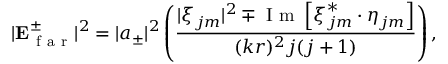
| \mathbf { E } _ { \mathrm { ~ f ~ a ~ r ~ } } ^ { \pm } | ^ { 2 } = | a _ { \pm } | ^ { 2 } \left( \frac { | \boldsymbol { \xi } _ { j m } | ^ { 2 } \mp \mathrm { ~ I ~ m ~ } \left[ \boldsymbol { \xi } _ { j m } ^ { * } \cdot \boldsymbol { \eta } _ { j m } \right] } { ( k r ) ^ { 2 } j ( j + 1 ) } \right) ,